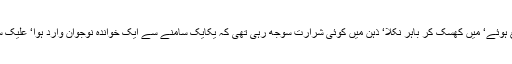
دوبارہ احباب جلالی باغیچے میں جمع ہوئے‘ میں کھسک کر باہر نکلا‘ ذہن میں کوئی شرارت سوجھ رہی تھی کہ یکایک سامنے سے ایک خواندہ نوجوان وارد ہوا‘ علیک سلیک کے بعد ان سے کہا کہ برادرم !